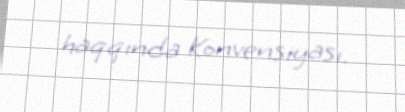
haqqında Konvensiyası.